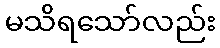
မသိရသော်လည်း